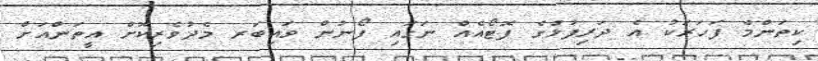
ކިތަންމެ ފަހަރަކު އެ ދަރިފުޅުގެ ފޮޓޯއެއް ނަގައި ފޯނުން ވައިބަރ މެދުވެރިކޮށް އީތަންއަށް